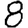
Digit: 8